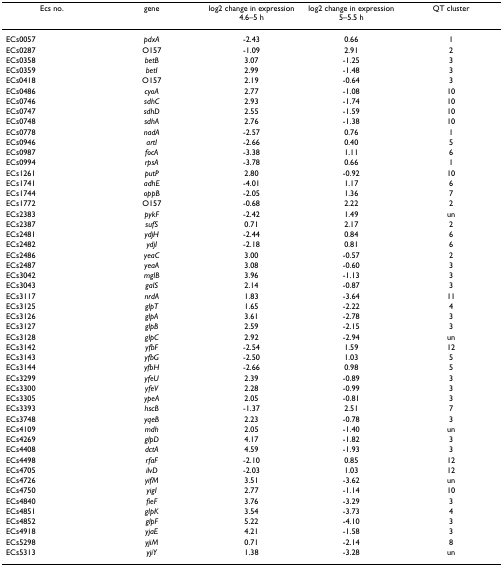
<table><thead><tr><td><b>Ecs no.</b></td><td><b>gene</b></td><td><b>log2 change in expression 4.6–5 h</b></td><td><b>log2 change in expression 5–5.5 h</b></td><td><b>QT cluster</b></td></tr></thead><tbody><tr><td>ECs0057</td><td><i>pdxA</i></td><td>-2.43</td><td>0.66</td><td>1</td></tr><tr><td>ECs0287</td><td>O157</td><td>-1.09</td><td>2.91</td><td>2</td></tr><tr><td>ECs0358</td><td><i>betB</i></td><td>3.07</td><td>-1.25</td><td>3</td></tr><tr><td>ECs0359</td><td><i>betI</i></td><td>2.99</td><td>-1.48</td><td>3</td></tr><tr><td>ECs0418</td><td>O157</td><td>2.19</td><td>-0.64</td><td>3</td></tr><tr><td>ECs0486</td><td><i>cyoA</i></td><td>2.77</td><td>-1.08</td><td>10</td></tr><tr><td>ECs0746</td><td><i>sdhC</i></td><td>2.93</td><td>-1.74</td><td>10</td></tr><tr><td>ECs0747</td><td><i>sdhD</i></td><td>2.55</td><td>-1.59</td><td>10</td></tr><tr><td>ECs0748</td><td><i>sdhA</i></td><td>2.76</td><td>-1.38</td><td>10</td></tr><tr><td>ECs0778</td><td><i>nadA</i></td><td>-2.57</td><td>0.76</td><td>1</td></tr><tr><td>ECs0946</td><td><i>artI</i></td><td>-2.66</td><td>0.40</td><td>5</td></tr><tr><td>ECs0987</td><td><i>focA</i></td><td>-3.38</td><td>1.11</td><td>6</td></tr><tr><td>ECs0994</td><td><i>rpsA</i></td><td>-3.78</td><td>0.66</td><td>1</td></tr><tr><td>ECs1261</td><td><i>putP</i></td><td>2.80</td><td>-0.92</td><td>10</td></tr><tr><td>ECs1741</td><td><i>adhE</i></td><td>-4.01</td><td>1.17</td><td>6</td></tr><tr><td>ECs1744</td><td><i>oppB</i></td><td>-2.05</td><td>1.36</td><td>7</td></tr><tr><td>ECs1772</td><td>O157</td><td>-0.68</td><td>2.22</td><td>2</td></tr><tr><td>ECs2383</td><td><i>pykF</i></td><td>-2.42</td><td>1.49</td><td>un</td></tr><tr><td>ECs2387</td><td><i>sufS</i></td><td>0.71</td><td>2.17</td><td>2</td></tr><tr><td>ECs2481</td><td><i>ydjH</i></td><td>-2.44</td><td>0.84</td><td>6</td></tr><tr><td>ECs2482</td><td><i>ydjI</i></td><td>-2.18</td><td>0.81</td><td>6</td></tr><tr><td>ECs2486</td><td><i>yeaC</i></td><td>3.00</td><td>-0.57</td><td>2</td></tr><tr><td>ECs2487</td><td><i>yeaA</i></td><td>3.08</td><td>-0.60</td><td>3</td></tr><tr><td>ECs3042</td><td><i>mglB</i></td><td>3.96</td><td>-1.13</td><td>3</td></tr><tr><td>ECs3043</td><td><i>galS</i></td><td>2.14</td><td>-0.87</td><td>3</td></tr><tr><td>ECs3117</td><td><i>nrdA</i></td><td>1.83</td><td>-3.64</td><td>11</td></tr><tr><td>ECs3125</td><td><i>glpT</i></td><td>1.65</td><td>-2.22</td><td>4</td></tr><tr><td>ECs3126</td><td><i>glpA</i></td><td>3.61</td><td>-2.78</td><td>3</td></tr><tr><td>ECs3127</td><td><i>glpB</i></td><td>2.59</td><td>-2.15</td><td>3</td></tr><tr><td>ECs3128</td><td><i>glpC</i></td><td>2.92</td><td>-2.94</td><td>un</td></tr><tr><td>ECs3142</td><td><i>yfbF</i></td><td>-2.54</td><td>1.59</td><td>12</td></tr><tr><td>ECs3143</td><td><i>yfbG</i></td><td>-2.50</td><td>1.03</td><td>5</td></tr><tr><td>ECs3144</td><td><i>yfbH</i></td><td>-2.66</td><td>0.98</td><td>5</td></tr><tr><td>ECs3299</td><td><i>yfeU</i></td><td>2.39</td><td>-0.89</td><td>3</td></tr><tr><td>ECs3300</td><td><i>yfeV</i></td><td>2.28</td><td>-0.99</td><td>3</td></tr><tr><td>ECs3305</td><td><i>ypeA</i></td><td>2.05</td><td>-0.81</td><td>3</td></tr><tr><td>ECs3393</td><td><i>hscB</i></td><td>-1.37</td><td>2.51</td><td>7</td></tr><tr><td>ECs3748</td><td><i>yqeB</i></td><td>2.23</td><td>-0.78</td><td>3</td></tr><tr><td>ECs4109</td><td><i>mdh</i></td><td>2.05</td><td>-1.40</td><td>un</td></tr><tr><td>ECs4269</td><td><i>glpD</i></td><td>4.17</td><td>-1.82</td><td>3</td></tr><tr><td>ECs4408</td><td><i>dctA</i></td><td>4.59</td><td>-1.93</td><td>3</td></tr><tr><td>ECs4498</td><td><i>rfaF</i></td><td>-2.10</td><td>0.85</td><td>12</td></tr><tr><td>ECs4705</td><td><i>ilvD</i></td><td>-2.03</td><td>1.03</td><td>12</td></tr><tr><td>ECs4726</td><td><i>yifM</i></td><td>3.51</td><td>-3.62</td><td>un</td></tr><tr><td>ECs4750</td><td><i>yigI</i></td><td>2.77</td><td>-1.14</td><td>10</td></tr><tr><td>ECs4840</td><td><i>fieF</i></td><td>3.76</td><td>-3.29</td><td>3</td></tr><tr><td>ECs4851</td><td><i>glpK</i></td><td>3.54</td><td>-3.73</td><td>4</td></tr><tr><td>ECs4852</td><td><i>glpF</i></td><td>5.22</td><td>-4.10</td><td>3</td></tr><tr><td>ECs4918</td><td><i>yjaE</i></td><td>4.21</td><td>-1.58</td><td>3</td></tr><tr><td>ECs5298</td><td><i>yjiM</i></td><td>0.71</td><td>-2.14</td><td>8</td></tr><tr><td>ECs5313</td><td><i>yjiY</i></td><td>1.38</td><td>-3.28</td><td>un</td></tr></tbody></table>